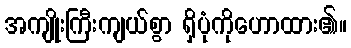
အကျိုးကြီးကျယ်စွာ ရှိပုံကိုဟောထား၏။